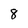
Character: 8